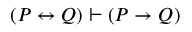
( P \leftrightarrow Q ) \vdash ( P \to Q )